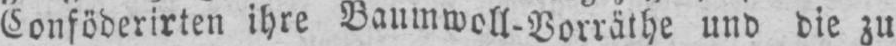
Conföderirten ihre Baumwoll-Vorräthe und die zu